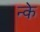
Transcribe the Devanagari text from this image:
न्के